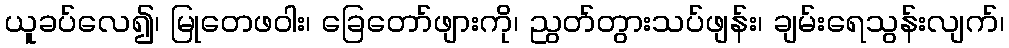
ယူခပ်လေ၍၊ မြုတေဖဝါး၊ ခြေတော်ဖျားကို၊ ညွတ်တွားသပ်ဖျန်း၊ ချမ်းရေသွန်းလျက်၊